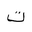
Letter: _ta